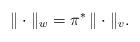
LaTeX: \begin{align*} \|\cdot\|_{w}= \pi^{*}\, \|\cdot\|_{v}.\end{align*}